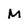
Character: m